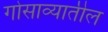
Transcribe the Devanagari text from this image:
गोसाव्यातील